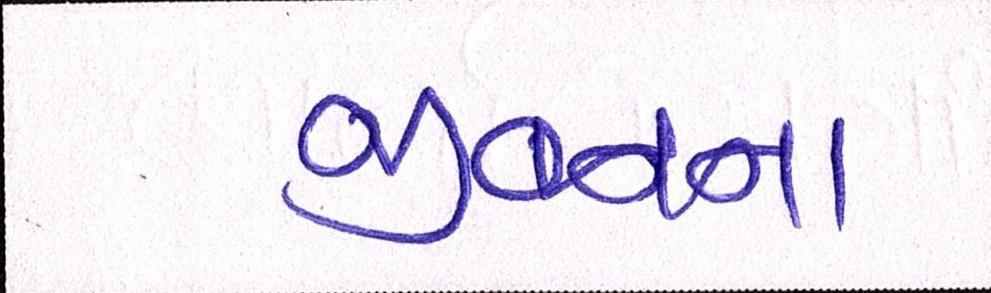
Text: જીવનના